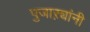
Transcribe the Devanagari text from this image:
पुजाऱ्यांनी